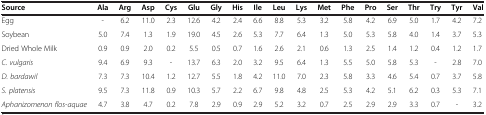
<table><thead><tr><td><b>Source</b></td><td><b>Ala</b></td><td><b>Arg</b></td><td><b>Asp</b></td><td><b>Cys</b></td><td><b>Glu</b></td><td><b>Gly</b></td><td><b>His</b></td><td><b>Ile</b></td><td><b>Leu</b></td><td><b>Lys</b></td><td><b>Met</b></td><td><b>Phe</b></td><td><b>Pro</b></td><td><b>Ser</b></td><td><b>Thr</b></td><td><b>Try</b></td><td><b>Tyr</b></td><td><b>Val</b></td></tr></thead><tbody><tr><td>Egg</td><td>-</td><td>6.2</td><td>11.0</td><td>2.3</td><td>12.6</td><td>4.2</td><td>2.4</td><td>6.6</td><td>8.8</td><td>5.3</td><td>3.2</td><td>5.8</td><td>4.2</td><td>6.9</td><td>5.0</td><td>1.7</td><td>4.2</td><td>7.2</td></tr><tr><td>Soybean</td><td>5.0</td><td>7.4</td><td>1.3</td><td>1.9</td><td>19.0</td><td>4.5</td><td>2.6</td><td>5.3</td><td>7.7</td><td>6.4</td><td>1.3</td><td>5.0</td><td>5.3</td><td>5.8</td><td>4.0</td><td>1.4</td><td>3.7</td><td>5.3</td></tr><tr><td>Dried Whole Milk</td><td>0.9</td><td>0.9</td><td>2.0</td><td>0.2</td><td>5.5</td><td>0.5</td><td>0.7</td><td>1.6</td><td>2.6</td><td>2.1</td><td>0.6</td><td>1.3</td><td>2.5</td><td>1.4</td><td>1.2</td><td>0.4</td><td>1.2</td><td>1.7</td></tr><tr><td><i>C. vulgaris</i></td><td>9.4</td><td>6.9</td><td>9.3</td><td>-</td><td>13.7</td><td>6.3</td><td>2.0</td><td>3.2</td><td>9.5</td><td>6.4</td><td>1.3</td><td>5.5</td><td>5.0</td><td>5.8</td><td>5.3</td><td>-</td><td>2.8</td><td>7.0</td></tr><tr><td><i>D. bardawil</i></td><td>7.3</td><td>7.3</td><td>10.4</td><td>1.2</td><td>12.7</td><td>5.5</td><td>1.8</td><td>4.2</td><td>11.0</td><td>7.0</td><td>2.3</td><td>5.8</td><td>3.3</td><td>4.6</td><td>5.4</td><td>0.7</td><td>3.7</td><td>5.8</td></tr><tr><td><i>S. platensis</i></td><td>9.5</td><td>7.3</td><td>11.8</td><td>0.9</td><td>10.3</td><td>5.7</td><td>2.2</td><td>6.7</td><td>9.8</td><td>4.8</td><td>2.5</td><td>5.3</td><td>4.2</td><td>5.1</td><td>6.2</td><td>0.3</td><td>5.3</td><td>7.1</td></tr><tr><td><i>Aphanizomenon flos-aquae</i></td><td>4.7</td><td>3.8</td><td>4.7</td><td>0.2</td><td>7.8</td><td>2.9</td><td>0.9</td><td>2.9</td><td>5.2</td><td>3.2</td><td>0.7</td><td>2.5</td><td>2.9</td><td>2.9</td><td>3.3</td><td>0.7</td><td>-</td><td>3.2</td></tr></tbody></table>